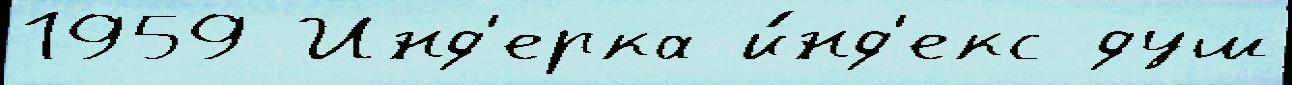
1959 Инд'ерка и́нд'екс душ